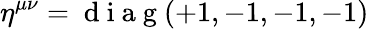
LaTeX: \eta^{\mu\nu}=\mathrm{~d~i~a~g~}(+1,-1,-1,-1)